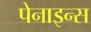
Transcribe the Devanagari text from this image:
पेनाइन्स